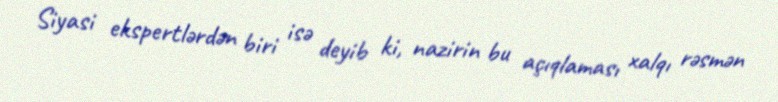
Siyasi ekspertlərdən biri isə deyib ki, nazirin bu açıqlaması xalqı rəsmən